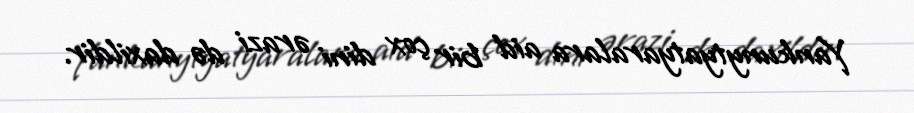
Yankunytyatyaralara aid bir çox dini ərazi də daxildir.